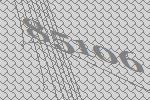
85106